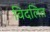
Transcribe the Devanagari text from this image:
विदलित